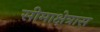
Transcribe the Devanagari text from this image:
सीमाक्षेत्रास